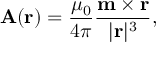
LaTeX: \mathbf { A } ( \mathbf { r } ) = { \frac { \mu _ { 0 } } { 4 \pi } } { \frac { \mathbf { m } \times \mathbf { r } } { | \mathbf { r } | ^ { 3 } } } ,